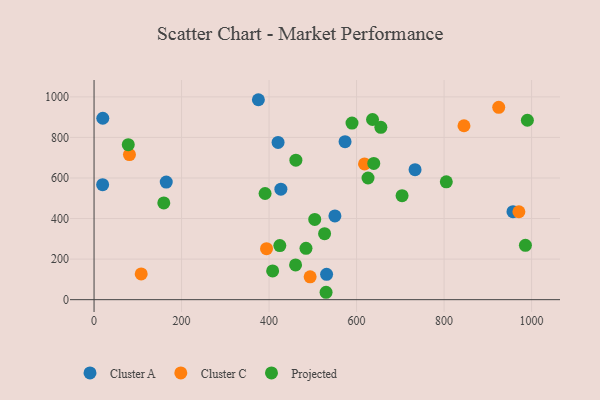
{"axis": {"x": "Distance", "y": "Demand"}, "legend": ["Cluster A", "Cluster C", "Projected"], "data": [{"x": "375.6", "y": 985.9, "type": "Cluster A"}, {"x": "733.7", "y": 641.2, "type": "Cluster A"}, {"x": "165.0", "y": 579.9, "type": "Cluster A"}, {"x": "531.5", "y": 124.8, "type": "Cluster A"}, {"x": "20.0", "y": 894.5, "type": "Cluster A"}, {"x": "19.6", "y": 567.1, "type": "Cluster A"}, {"x": "550.5", "y": 413.0, "type": "Cluster A"}, {"x": "573.7", "y": 779.2, "type": "Cluster A"}, {"x": "957.5", "y": 433.7, "type": "Cluster A"}, {"x": "427.0", "y": 544.9, "type": "Cluster A"}, {"x": "420.6", "y": 775.2, "type": "Cluster A"}, {"x": "618.2", "y": 669.1, "type": "Cluster C"}, {"x": "107.8", "y": 126.9, "type": "Cluster C"}, {"x": "80.9", "y": 715.5, "type": "Cluster C"}, {"x": "394.2", "y": 251.6, "type": "Cluster C"}, {"x": "924.9", "y": 948.2, "type": "Cluster C"}, {"x": "971.0", "y": 433.4, "type": "Cluster C"}, {"x": "845.5", "y": 857.6, "type": "Cluster C"}, {"x": "493.9", "y": 112.7, "type": "Cluster C"}, {"x": "484.4", "y": 253.1, "type": "Projected"}, {"x": "159.4", "y": 477.0, "type": "Projected"}, {"x": "461.3", "y": 687.6, "type": "Projected"}, {"x": "78.2", "y": 764.2, "type": "Projected"}, {"x": "390.9", "y": 523.6, "type": "Projected"}, {"x": "704.0", "y": 512.9, "type": "Projected"}, {"x": "985.9", "y": 267.7, "type": "Projected"}, {"x": "460.6", "y": 171.3, "type": "Projected"}, {"x": "805.1", "y": 580.9, "type": "Projected"}, {"x": "626.2", "y": 599.8, "type": "Projected"}, {"x": "530.3", "y": 36.4, "type": "Projected"}, {"x": "526.9", "y": 325.3, "type": "Projected"}, {"x": "636.5", "y": 888.4, "type": "Projected"}, {"x": "504.4", "y": 395.8, "type": "Projected"}, {"x": "589.6", "y": 871.0, "type": "Projected"}, {"x": "655.5", "y": 849.7, "type": "Projected"}, {"x": "424.6", "y": 266.9, "type": "Projected"}, {"x": "408.2", "y": 141.9, "type": "Projected"}, {"x": "639.3", "y": 671.7, "type": "Projected"}, {"x": "990.4", "y": 884.6, "type": "Projected"}]}